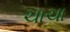
ચાચા